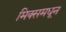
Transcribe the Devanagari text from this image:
मिक्समधून